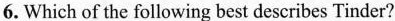
6. Which of the following best describes Tinder?